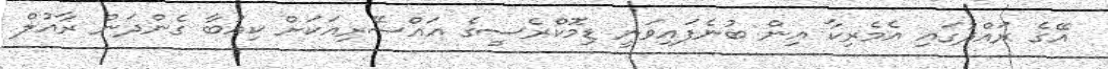
އޭގެ ރައްދުގައި އެމެރިކާ އިން ބުނެފައިވަނީ ޑިމޮކްރެސީގެ އައްސޭރިއަކަށް ކިއުބާ ގެންދަން ރާއުލް